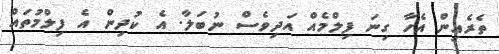
ތެރެއިން އެހާ ގިނަ ފިލްމެއް އަދިވެސް ނުބަލާ. އެ ކުދިން އެ ފިލްމުތައް